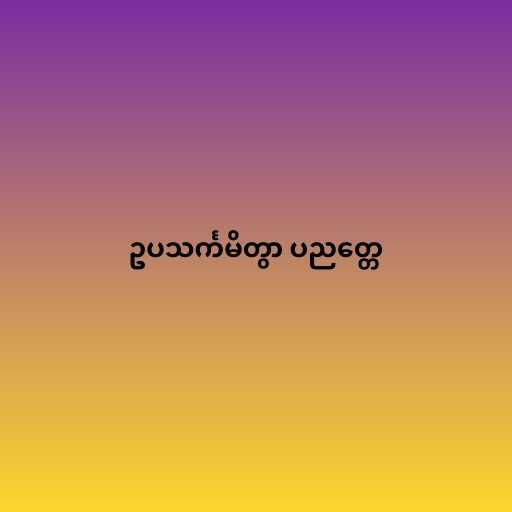
ဥပသင်္ကမိတွာ ပညတ္တေ